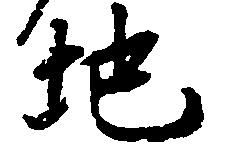
地